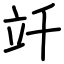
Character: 竏